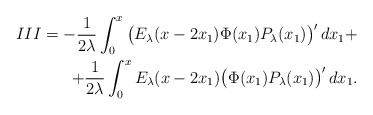
\begin{align*}III= -\frac{1}{2\lambda}\int_0^x \big(E_\lambda(x-2x_1)\Phi(x_1)P_\lambda(x_1)\big)'\,dx_1+&\\+\frac{1}{2\lambda}\int_0^x E_\lambda(x-2x_1)\big(\Phi(x_1)P_\lambda(x_1)\big)'\,dx_1.\end{align*}